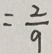
= \frac { 2 } { 9 }